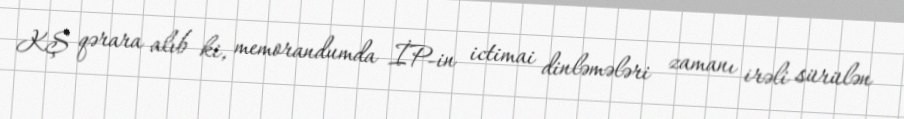
KŞ qərara alıb ki, memorandumda İP-in ictimai dinləmələri zamanı irəli sürülən